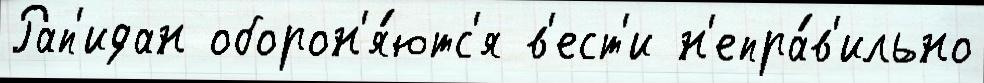
Рап'идан оборон'я́ютс'я в'ест'и н'епра́в'ильно